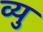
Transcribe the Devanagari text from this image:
व्यु